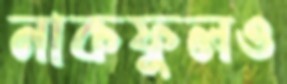
নাকফুলও